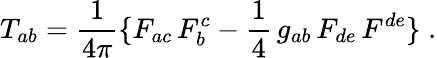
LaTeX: T_{ab}={\frac{1}{4\pi}}\{ F_{ac}\, F_{b}^{c}-{\frac{1}{4}}\, g_{ab}\, F_{de}\, F^{de}\} \; .